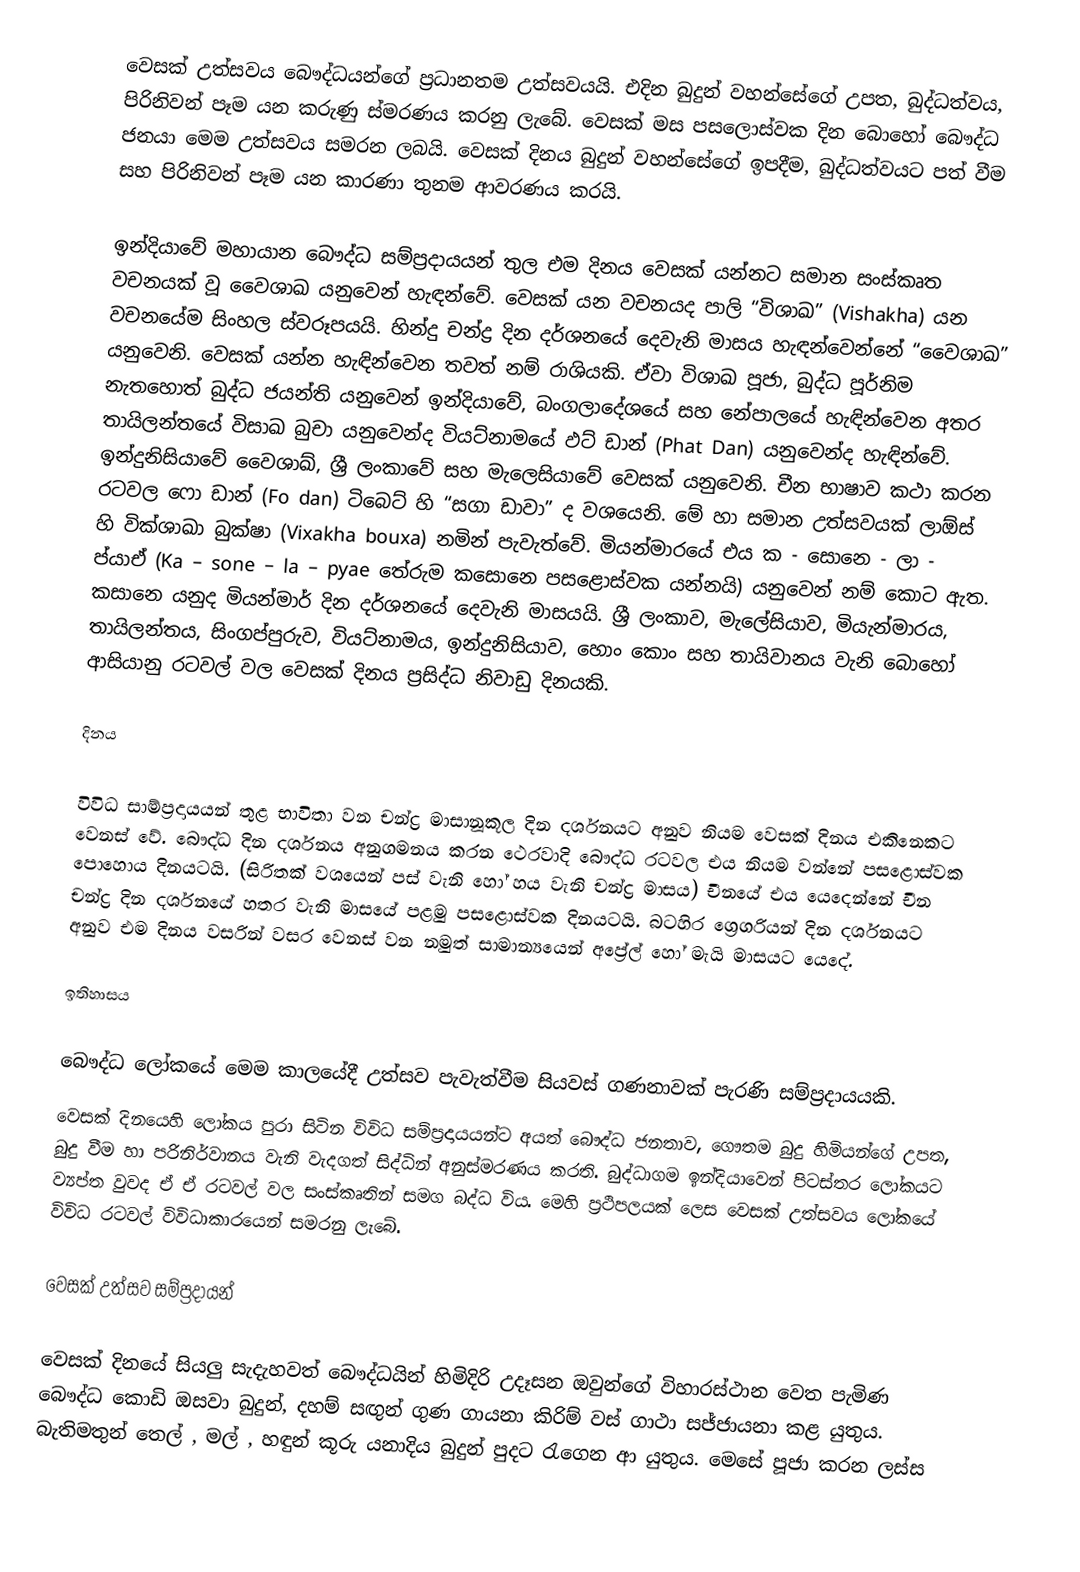
වෙසක් උත්සවය බෞද්ධයන්ගේ ප්‍රධානතම උත්සවයයි. එදින බුදුන් වහන්සේගේ උපත, බුද්ධත්වය, පිරිනිවන් පෑම යන කරුණු ස්මරණය කරනු ලැබේ. වෙසක් මස පසලොස්වක දින බොහෝ බෞද්ධ ජනයා මෙම උත්සවය සමරන ලබයි. වෙසක් දිනය බුදුන් වහන්සේගේ ඉපදීම, බුද්ධත්වයට පත් වීම සහ පිරිනිවන් පෑම යන කාරණා තුනම ආවරණය කරයි.

ඉන්දියාවේ මහායාන බෞද්ධ සම්ප්‍රදායයන් තුල එම දිනය වෙසක් යන්නට සමාන සංස්කෘත වචනයක් වූ වෛශාඛ යනුවෙන් හැඳන්වේ. වෙසක් යන වචනයද පාලි “විශාඛ” (Vishakha) යන වචනයේම සිංහල ස්වරූපයයි. හින්දු චන්ද්‍ර දින දර්ශනයේ දෙවැනි මාසය හැඳන්වෙන්නේ “වෛශාඛ” යනුවෙනි. වෙසක් යන්න හැඳින්වෙන තවත් නම් රාශියකි. ඒවා විශාඛ පූජා, බුද්ධ පූර්නිම නැතහොත් බුද්ධ ජයන්ති යනුවෙන් ඉන්දියාවේ, බංගලාදේශයේ සහ නේපාලයේ හැඳින්වෙන අතර තායිලන්තයේ විසාඛ බුචා යනුවෙන්ද වියට්නාමයේ ඵට් ඩාන් (Phat Dan) යනුවෙන්ද හැඳින්වේ. ඉන්දුනිසියාවේ වෛශාඛ්, ශ්‍රී ලංකාවේ සහ මැලෙසියාවේ වෙසක් යනුවෙනි. චීන භාෂාව කථා කරන රටවල ෆො ඩාන් (Fo dan) ටිබෙට් හි “සගා ඩාවා” ද වශයෙනි. මේ හා සමාන උත්සවයක් ලාඕස් හි වික්ශාඛා බුක්ෂා (Vixakha bouxa) නමින් පැවැත්වේ. මියන්මාරයේ එය ක - සොනෙ - ලා - ප්යාඒ (Ka – sone – la – pyae තේරුම කසොනෙ පසළොස්වක යන්නයි) යනුවෙන් නම් කොට ඇත. කසානෙ යනුද මියන්මාර් දින දර්ශනයේ දෙවැනි මාසයයි. ශ්‍රී ලංකාව, මැලේසියාව, මියැන්මාරය, තායිලන්තය, සිංගප්පුරුව, වියට්නාමය, ඉන්දුනිසියාව, හොං කොං සහ තායිවානය වැනි බොහෝ ආසියානු රටවල් වල වෙසක් දිනය ප්‍රසිද්ධ නිවාඩු දිනයකි.

දිනය

විවිධ සාම්ප්‍රදායයන් තුළ භාවිතා වන චන්ද්‍ර මාසානූකූල දින දර්ශනයට අනුව නියම වෙසක් දිනය එකිනෙකට වෙනස් වේ. බෞද්ධ දින දර්ශනය අනුගමනය කරන ථෙරවාදි බෞද්ධ රටවල එය නියම වන්නේ පසළොස්වක පොහොය දිනයටයි. (සිරිතක් වශයෙන් පස් වැනි හෝ හය වැනි චන්ද්‍ර මාසය) චීනයේ එය යෙදෙන්නේ චීන චන්ද්‍ර දින දර්ශනයේ හතර වැනි මාසයේ පළමු පසළොස්වක දිනයටයි. බටහිර ග්‍රෙගරියන් දින දර්ශනයට අනුව එම දිනය වසරින් වසර වෙනස් වන නමුත් සාමාන්‍යයෙන් අප්‍රේල් හෝ මැයි මාසයට යෙදේ.

ඉතිහාසය

බෞද්ධ ලෝකයේ මෙම කාලයේදී උත්සව පැවැත්වීම සියවස් ගණනාවක් පැරණි සම්ප්‍රදායයකි.
වෙසක් දිනයෙහි ලෝකය පුරා සිටින විවිධ සම්ප්‍රදායයන්ට අයත් බෞද්ධ ජනතාව, ගෞතම බුදු හිමියන්ගේ උපත, බුදු වීම හා පරිනිර්වානය වැනි වැදගත් සිද්ධින් අනුස්මරණය කරති. බුද්ධාගම ඉන්දියාවෙන් පිටස්තර ලෝකයට ව්‍යප්ත වුවද ඒ ඒ රටවල් වල සංස්කෘතින් සමග බද්ධ විය. මෙහි ප්‍රථිපලයක් ලෙස වෙසක් උත්සවය ලෝකයේ විවිධ රටවල් විවිධාකාරයෙන් සමරනු ලැබේ.

වෙසක් උත්සව සම්ප්‍රදායන්

වෙසක් දිනයේ සියලු සැදැහවත් බෞද්ධයින් හිමිදිරි උදෑසන ඔවුන්ගේ විහාරස්ථාන වෙත පැමිණ බෞද්ධ කොඩි ඔසවා බුදුන්, දහම් සඟුන් ගුණ ගායනා කිරිම් වස් ගාථා සජ්ජායනා කළ යුතුය. බැතිමතුන් තෙල් , මල් , හඳුන් කූරු යනාදිය බුදුන් පුදට රැගෙන ආ යුතුය. මෙසේ පූජා කරන ලස්ස